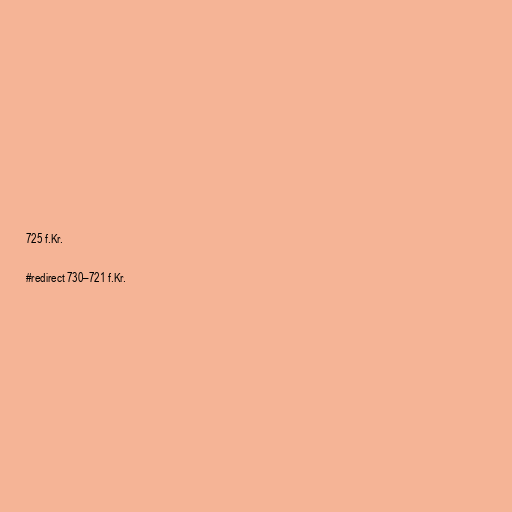
725 f.Kr.

#redirect 730–721 f.Kr.